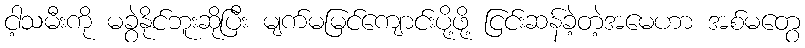
ငါ့သမီးကို မခွဲနိုင်ဘူးဆိုပြီး မျက်မမြင်ကျောင်းပို့ဖို့ ငြင်းဆန်ခဲ့တဲ့အမေဟာ အစ်မတွေ